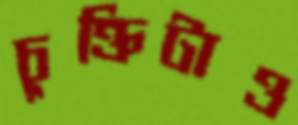
চুক্তিটাও